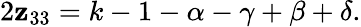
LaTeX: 2\mathbf{z}_{33}=k-1-\alpha-\gamma+\beta+\delta.